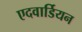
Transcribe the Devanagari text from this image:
एदवार्डियन